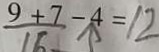
9 + 7 - 4 = 1 2